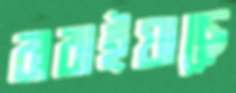
ঝরাইয়াছে